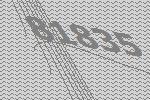
81835